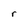
Character: r